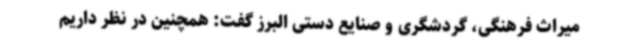
میراث فرهنگی، گردشگری و صنایع دستی البرز گفت: همچنین در نظر داریم